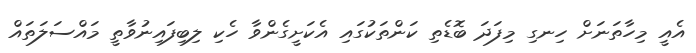
އެއީ މިހާތަނަށް ހިނގި މިފަދަ ބޮޑެތި ކަންތަކުގައި އެކަށީގެންވާ ހެކި ލިބިފައިނުވާތީ މައްސަލަތައް